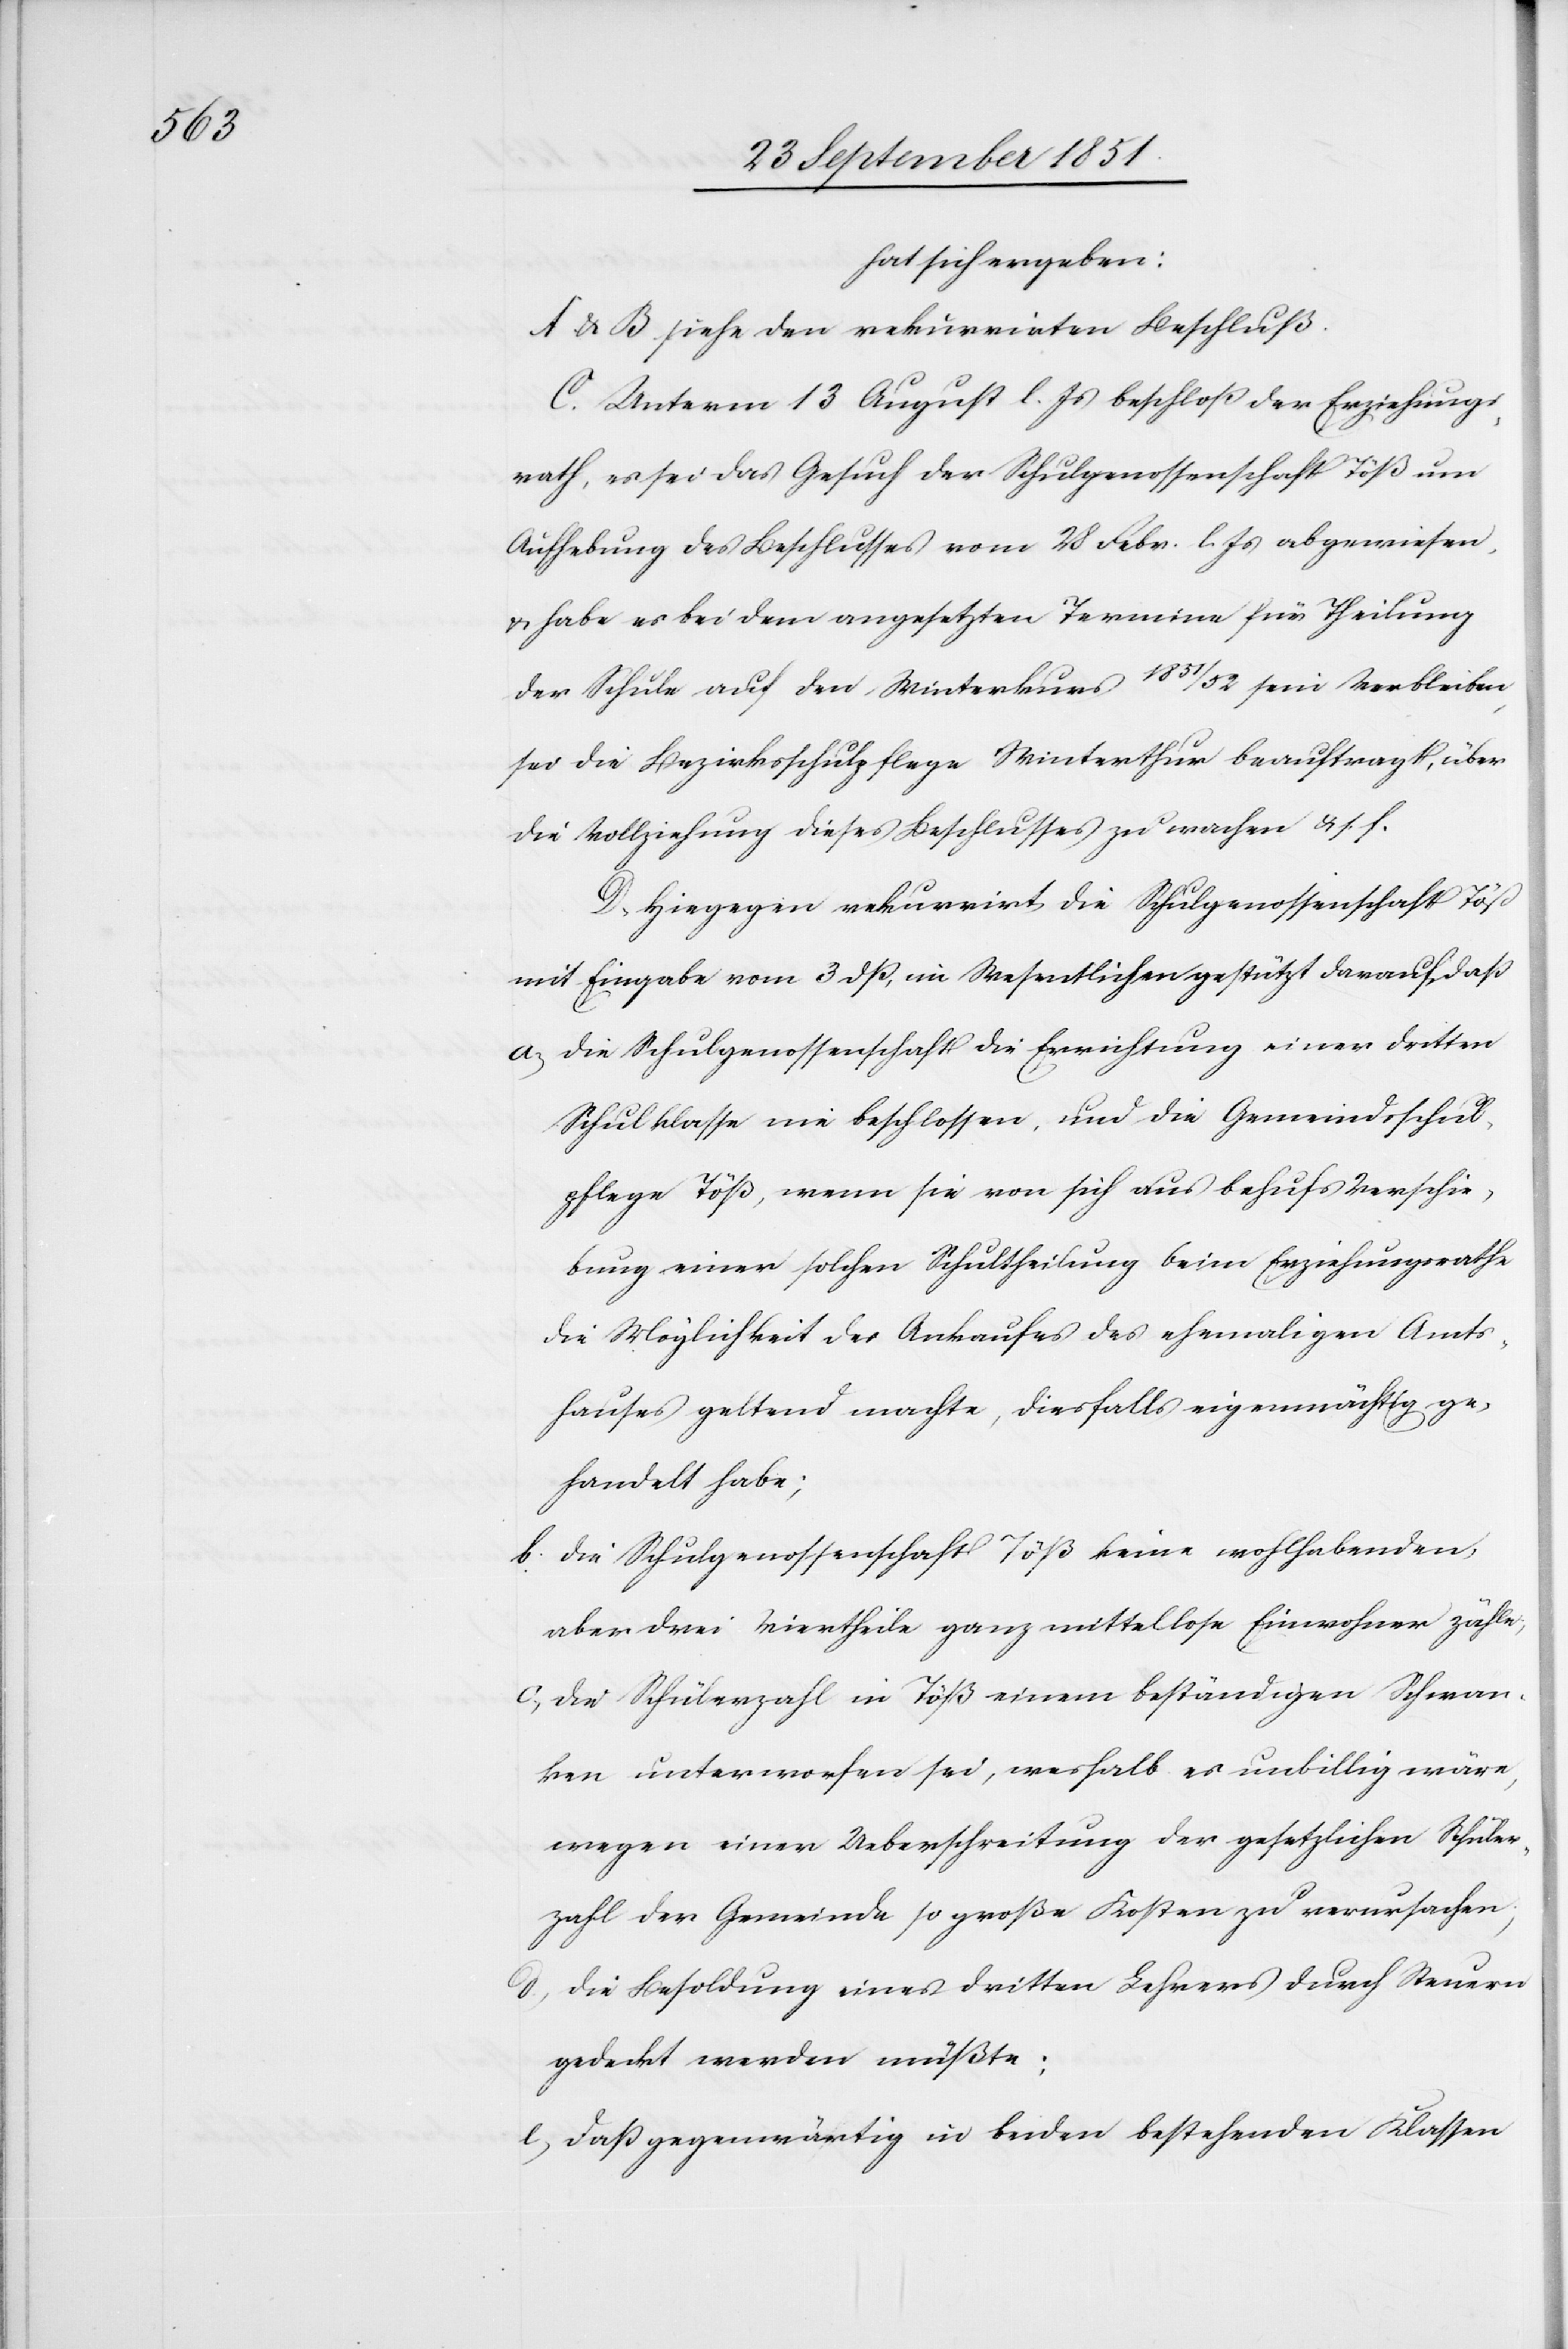
hat sich ergeben:
A & B siehe den rekurrirten Beschluß.
C. Unterm 13 August l. Js beschloß der Erziehungs¬
rath, es sei das Gesuch der Schulgenossenschaft Töß um
Aufhebung des Beschlusses vom 28 Febr. l. Js abgewiesen,
& habe es bei dem angesetzten Termine für Theilung
der Schule auf den Winterkurs 1851/52 sein Verbleiben,
sei die Bezirksschulpflege Winterthur beauftragt, über
die Vollziehung dieses Beschlusses zu wachen & s. f.
D. Hiegegen rekurrirt die Schulgenossenschaft Töß
mit Eingabe vom 3 dß, im Wesentlichen gestützt darauf, daß
die Schulgenossenschaft die Errichtung einer dritten
Schulklasse nie beschlossen, und die Gemeindsschul¬
pflege Töß, wenn sie von sich aus behufs Verschie¬
bung einer solchen Schultheilung beim Erziehungsrathe
die Möglichkeit des Ankaufes des ehemaligen Amts¬
hauses geltend machte, diesfalls eigenmächtig ge¬
handelt habe;
die Schulgenossenschaft Töß keine wohlhabenden,
aber drei Viertheile ganz mittellose Einwohner zähle;
die Schülerzahl in Töß einem beständigen Schwan¬
ken unterworfen sei, weshalb es unbillig wäre,
wegen einer Ueberschreitung der gesetzlichen Schüler¬
zahl der Gemeinde so große Kosten zu verursachen;
die Besoldung eines dritten Lehrers durch Steuern
gedeckt werden müßte;
daß gegenwärtig in beiden bestehenden Klassen